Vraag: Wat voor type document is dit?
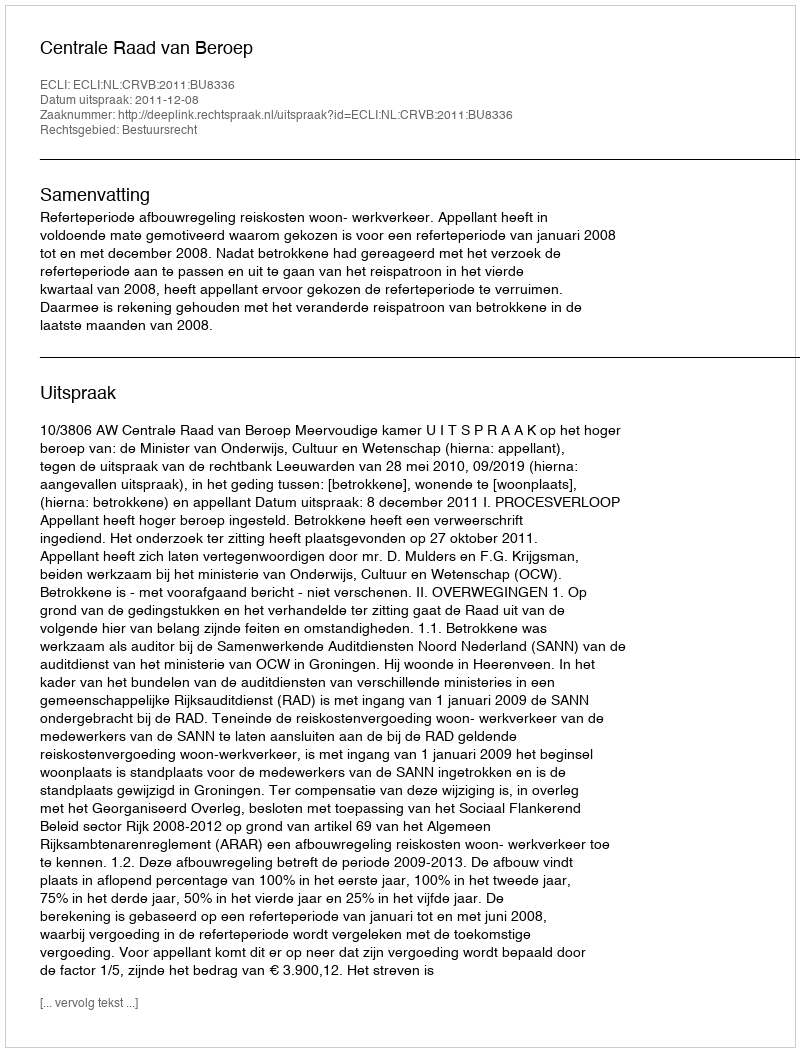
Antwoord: Uitspraak